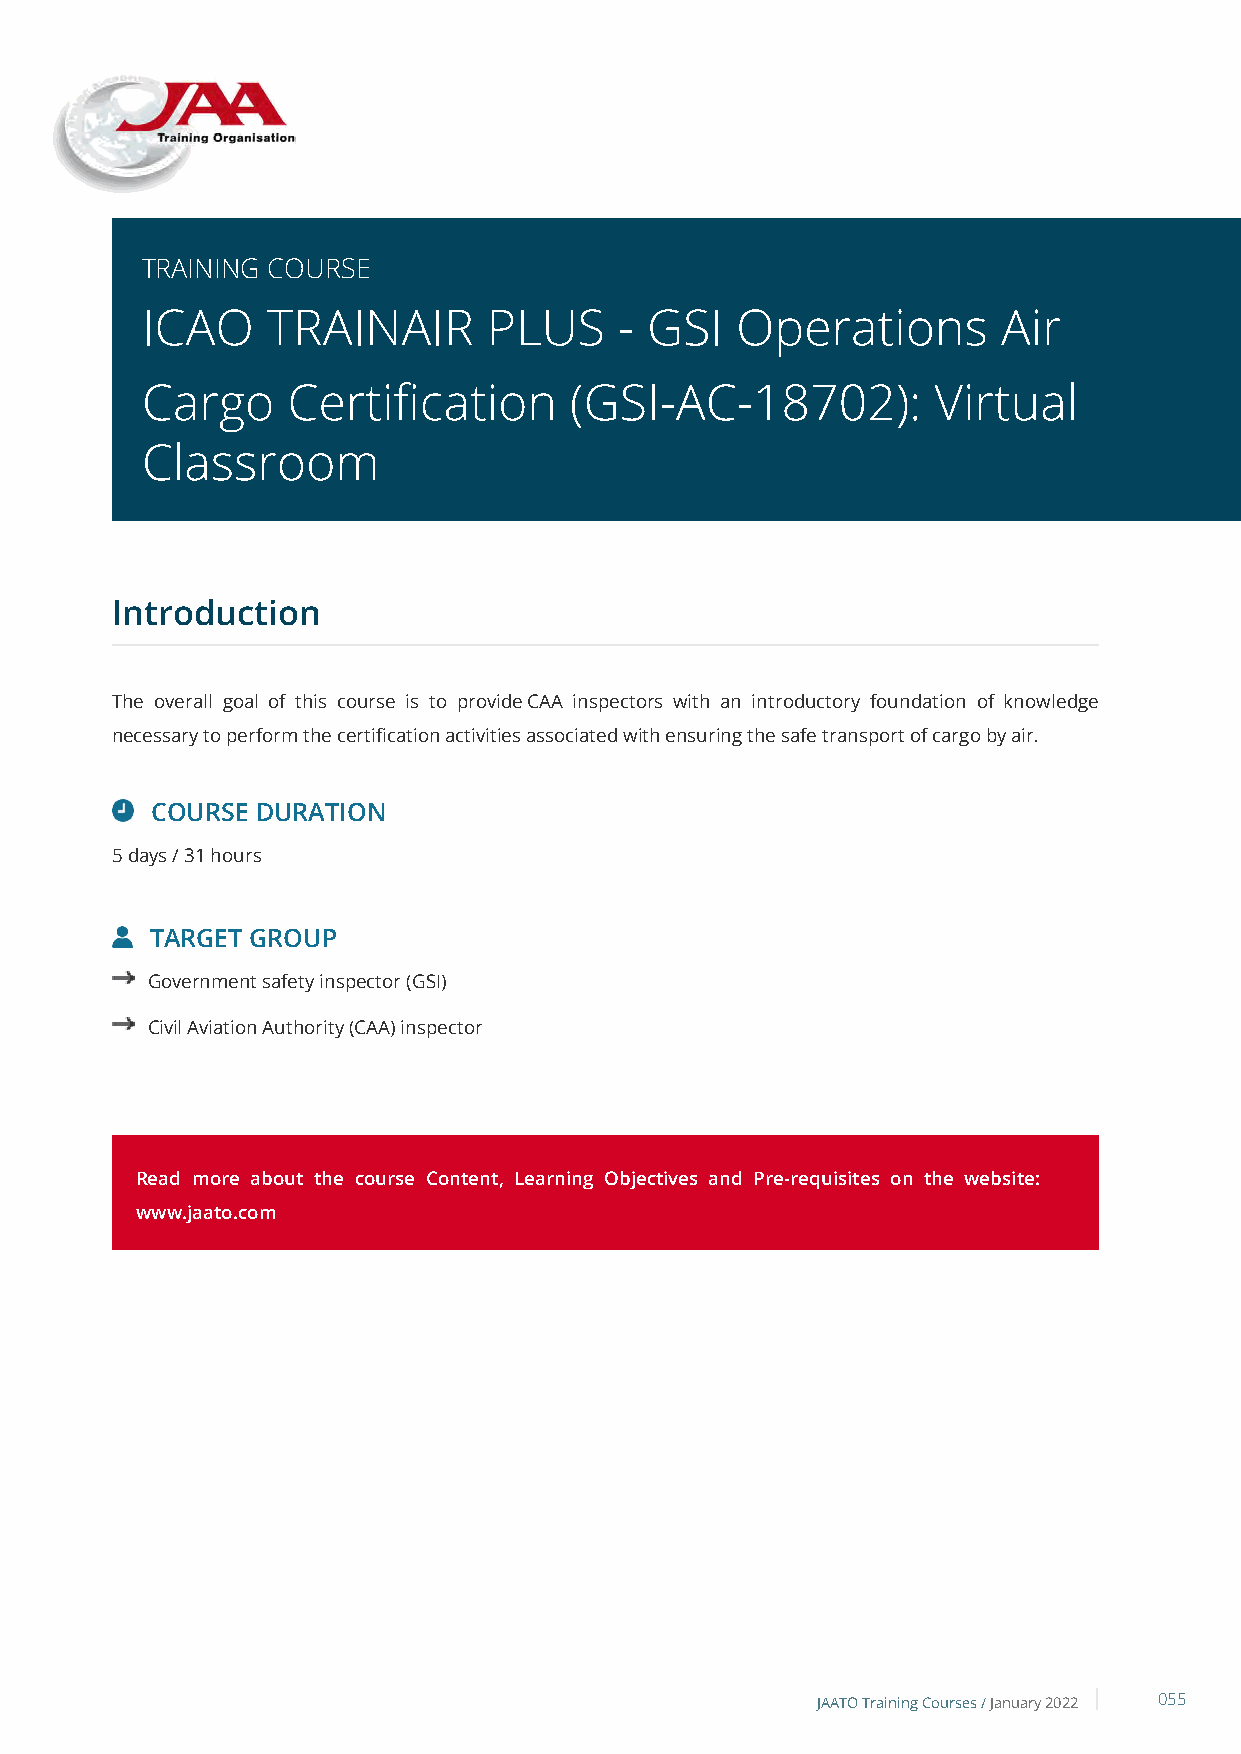
TRAINING COURSE
 ICAO     TRAINAIR      PLUS     - GSI   Operations       Air
 Cargo     Certification      (GSI-AC-18702):         Virtual
 Classroom
 Introduction
 The overall goal of this course is to provide CAA inspectors with an introductory foundation of knowledge
 necessary to perform the certification activities associated with ensuring the safe transport of cargo by air.
 COURSE DURATION
 5 days / 31 hours
 TARGET GROUP
 Government safety inspector (GSI)
 Civil Aviation Authority (CAA) inspector
 Read more about the course Content, Learning Objectives and Pre-requisites on the website:
 www.jaato.com
 JAATO Training Courses /January 2022 055